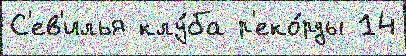
С'ев'илья клу́ба р'еко́рды 14